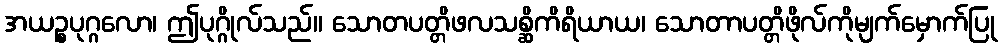
အယဉ္စပုဂ္ဂလော၊ ဤပုဂ္ဂိုလ်သည်။ သောတပတ္တိဖလသစ္ဆိကိရိယာယ၊ သောတာပတ္တိဖိုလ်ကိုမျက်မှောက်ပြု